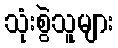
သုံးစွဲသူများ